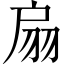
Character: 扇